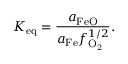
K _ { \mathrm { e q } } = \frac { a _ { \mathrm { F e O } } } { a _ { \mathrm { F e } } f _ { \mathrm { O _ { 2 } } } ^ { 1 / 2 } } .